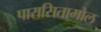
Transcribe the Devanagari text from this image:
पारासितामोल